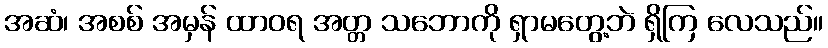
အဆံ၊ အစစ် အမှန် ထာဝရ အတ္တ သဘောကို ရှာမတွေ့ဘဲ ရှိကြ လေသည်။